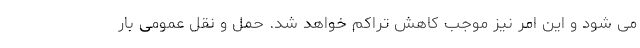
می شود و این امر نیز موجب کاهش تراکم خواهد شد. حمل و نقل عمومی بار